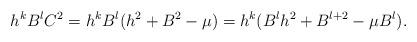
LaTeX: \begin{align*} h^{k}B^{l}C^{2}=h^{k}B^{l}(h^{2}+B^{2}-\mu)=h^{k}(B^{l}h^{2}+B^{l+2}-\mu B^l). \end{align*}